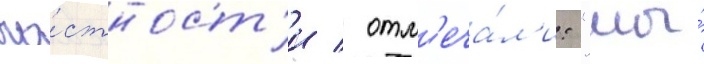
ча́стност'и / отм'еча́л'и: "мы́